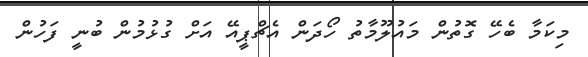
މިކަމާ ބެހޭ ގޮތުން މައުލޫމާތު ހޯދަން އެޗްޕީއޭ އަށް ގުޅުމުން ބުނީ ފަހުން